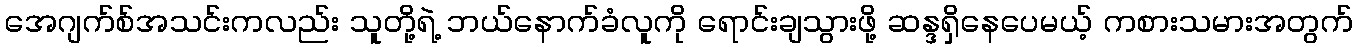
အေဂျက်စ်အသင်းကလည်း သူတို့ရဲ့ ဘယ်နောက်ခံလူကို ရောင်းချသွားဖို့ ဆန္ဒရှိနေပေမယ့် ကစားသမားအတွက်